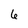
Character: 6